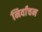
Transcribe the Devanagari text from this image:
निर्वांचन